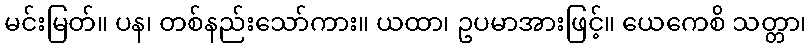
မင်းမြတ်။ ပန၊ တစ်နည်းသော်ကား။ ယထာ၊ ဥပမာအားဖြင့်။ ယေကေစိ သတ္တာ၊